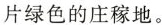
片绿色的庄稼地。